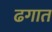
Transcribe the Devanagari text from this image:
ढगात